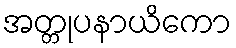
အတ္တုပနာယိကော